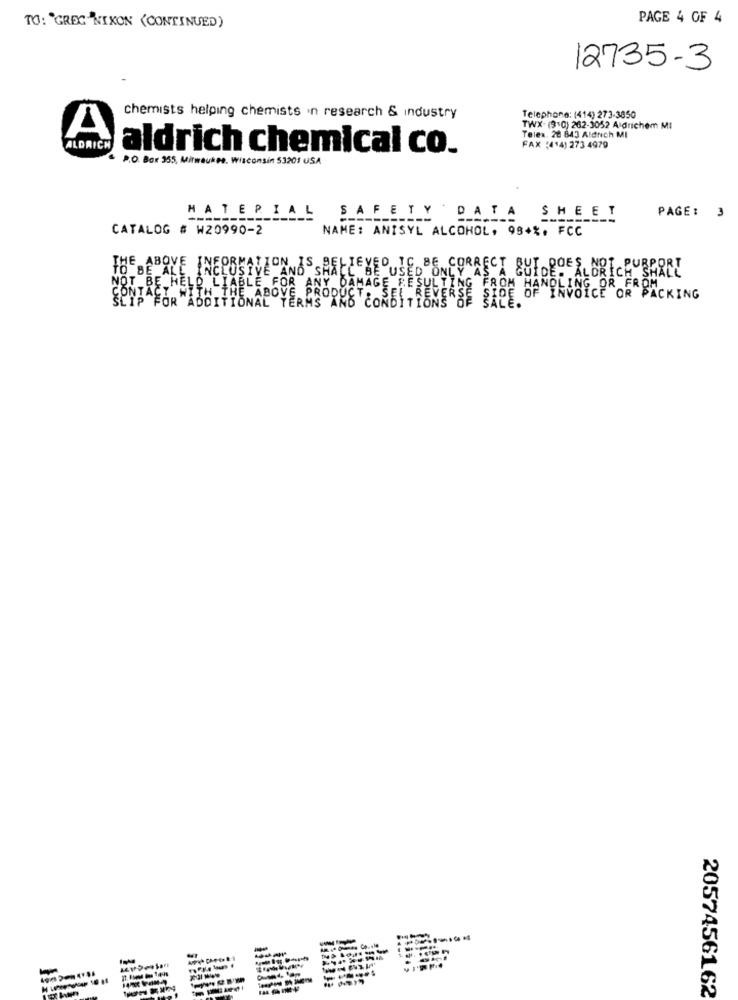
PAGE 4 OF 4
TO: "GREG "NIXON (CONTINUED)
12735-3
chemists helping chemists in research & industry
Telephone: (414) 273-3850
TWX- (9:0) 262-3052 Aldrichem MI
A
Teles. 28 843 Aldnech MI
ALDRICH
aldrich chemical co.
FAX :414) 273 4979
P.O. Box 355, Milwaukee, Wisconsin 53201 USA
MATERIAL
SHEET
PAGE: 3
SAFETY DATA
---
CATALOG # W20990-2
NAME: ANTSYL ALCOHOL, 994%. FCC
TO BE ALL INCLUSIVE AND SHACC BE USED ONLY AS A GUIDE. ALDRICH SHALL
THE ABOVE INFORMATION IS BELIEVED IC BE CORRECT BUT DOES,
NOT BE HELD LIABLE FOR ANY DAMAGE RESULTING FROM HANDLING OR FROM
SLIP FOR ADDITIONAL TERMS AND CONDITIONS OF SALE.
`WITH THE ABOVE PRODUCT
SEL REVERSE SIDE OF INVOICE OR PACKING
. %
2057456162